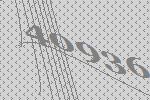
40936